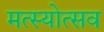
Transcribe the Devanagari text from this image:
मत्स्योत्सव